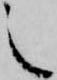
之